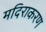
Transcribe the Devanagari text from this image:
मदिराकरण